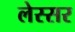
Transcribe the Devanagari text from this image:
लेस्सर